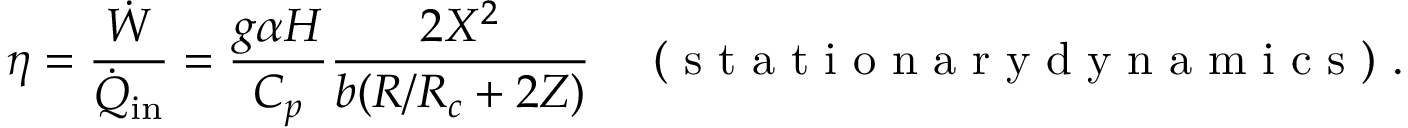
{ \eta = \frac { \dot { W } } { \dot { Q } _ { \mathrm { i n } } } = \frac { g \alpha H } { C _ { p } } \frac { 2 X ^ { 2 } } { b ( R / R _ { c } + 2 Z ) } } \quad \mathrm { ~ ( ~ s ~ t ~ a ~ t ~ i ~ o ~ n ~ a ~ r ~ y ~ d ~ y ~ n ~ a ~ m ~ i ~ c ~ s ~ ) ~ } .